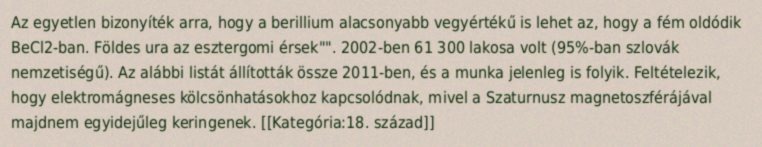
Az egyetlen bizonyíték arra, hogy a berillium alacsonyabb vegyértékű is lehet az, hogy a fém oldódik BeCl2-ban. Földes ura az esztergomi érsek"". 2002-ben 61 300 lakosa volt (95%-ban szlovák nemzetiségű). Az alábbi listát állították össze 2011-ben, és a munka jelenleg is folyik. Feltételezik, hogy elektromágneses kölcsönhatásokhoz kapcsolódnak, mivel a Szaturnusz magnetoszférájával majdnem egyidejűleg keringenek. [[Kategória:18. század]]